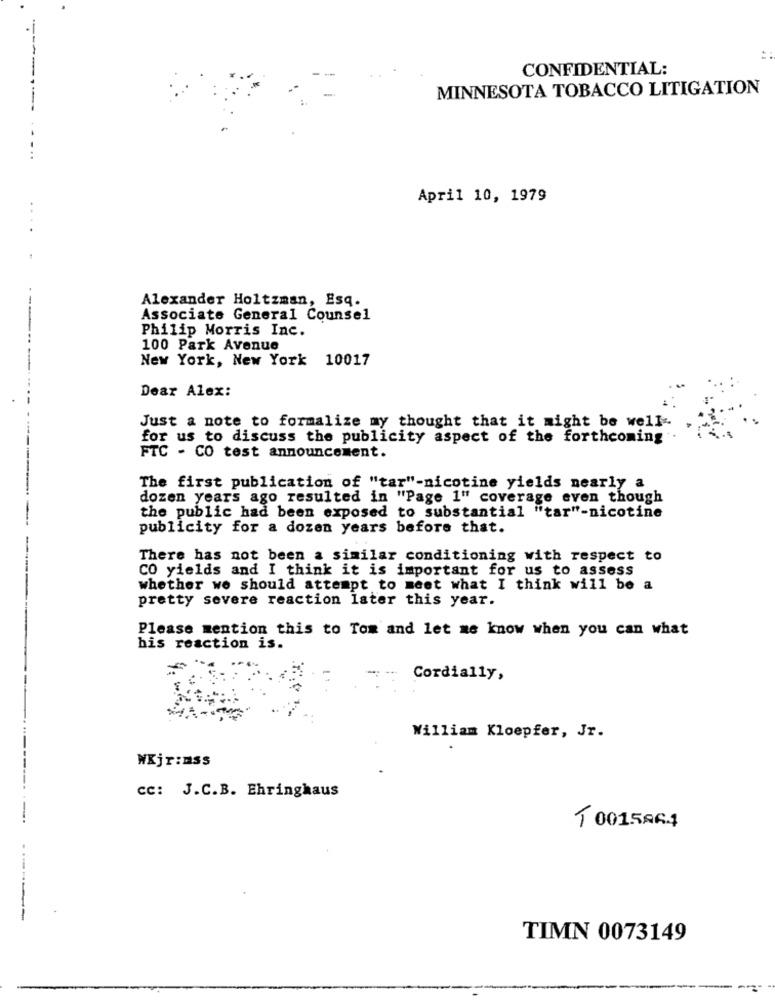
-
CONFIDENTIAL:
MINNESOTA TOBACCO LITIGATION
April 10, 1979
..
Alexander Holtzman, Esq.
Associate General Counsel
Philip Morris Inc.
100 Park Avenue
New York, New York 10017
Dear Alex:
Just a note to formalize my thought that it might be well-
for us to discuss the publicity aspect of the forthcoming
FTC - CO test announcement.
-----
The first publication of "tar"-nicotine yields nearly a
dozen years ago resulted in "Page 1" coverage even though
the public had been exposed to substantial "tar"-nicotine
publicity for a dozen years before that.
There has not been a similar conditioning with respect to
CO yields and I think it is important for us to assess
whether we should attempt to meet what I think will be a
pretty severe reaction later this year.
Please mention this to Tom and let me know when you can what
bis reaction is.
Cordially,
William Kloepfer, Jr.
WXjr:mss
cc: J.C.B. Ehringhaus
-----
T 001.5864
-------
TIMN 0073149